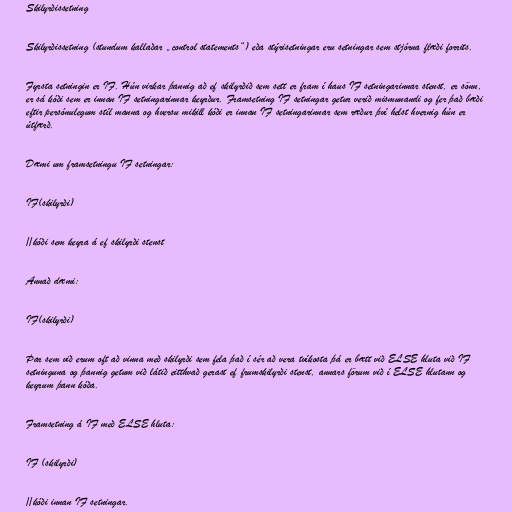
Skilyrðissetning

Skilyrðissetning (stundum kallaðar „control statements“) eða stýrisetningar eru setningar sem stjórna flæði forrits.

Fyrsta setningin er IF. Hún virkar þannig að ef skilyrðið sem sett er fram í haus IF setningarinnar stenst, er sönn,
er sá kóði sem er innan IF setningarinnar keyrður. Framsetning IF setningar getur verið mismunandi og fer það bæði
eftir persónulegum stíl manna og hversu mikill kóði er innan IF setningarinnar sem ræður því helst hvernig hún er
útfærð.

Dæmi um framsetningu IF setningar:

IF(skilyrði)

//kóði sem keyra á ef skilyrði stenst

Annað dæmi:

IF(skilyrði)

Þar sem við erum oft að vinna með skilyrði sem fela það í sér að vera tvíkosta þá er bætt við ELSE hluta við IF
setninguna og þannig getum við látið eitthvað gerast ef frumskilyrði stenst, annars förum við í ELSE hlutann og
keyrum þann kóða.

Framsetning á IF með ELSE hluta:

IF (skilyrði)

//kóði innan IF setningar.